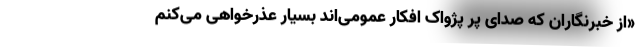
«از خبرنگاران که صدای پر پژواک افکار عمومی‌اند بسیار عذرخواهی می‌کنم